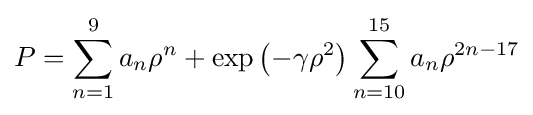
P=\sum _{n=1}^{9}a_{n}\rho ^{n}+\exp \left(-\gamma \rho ^{2}\right)\sum _{n=10}^{15}a_{n}\rho ^{2n-17}